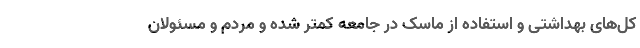
کل‌های بهداشتی و استفاده از ماسک در جامعه کمتر شده و مردم و مسئولان